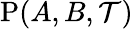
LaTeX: \mathrm{P}(A,B,{\cal T})